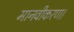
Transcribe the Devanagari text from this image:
मानवीकरण।